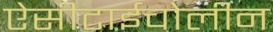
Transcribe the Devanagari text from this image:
ऐसीटाईचोलीन